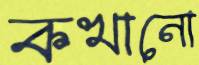
কখানো